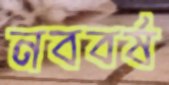
নববর্ষ